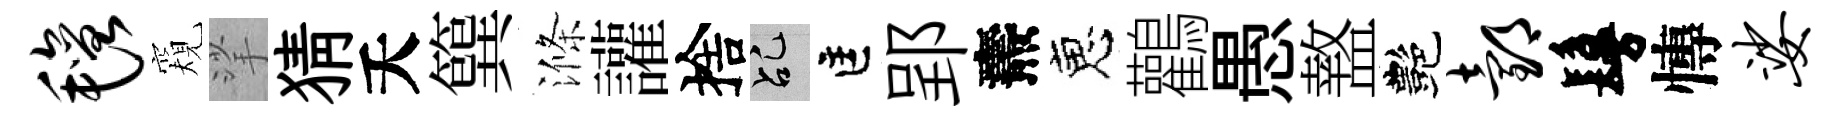
毡窺挲猜夭簨滌讙捨乩匡郢燾恵鸛愚盩艷邰鬘慱娑